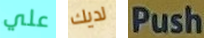
علي لديك Push